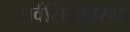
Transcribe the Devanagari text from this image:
सर्वसिद्धावस्था